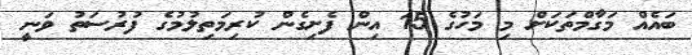
ބައެއް މަގާމްތަކަށް މި މަހުގެ 15 އިން ފެށިގެން ކުރިމަތިލުމުގެ ފުރުސަތު ވަނީ